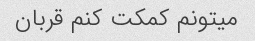
میتونم کمکت کنم قربان